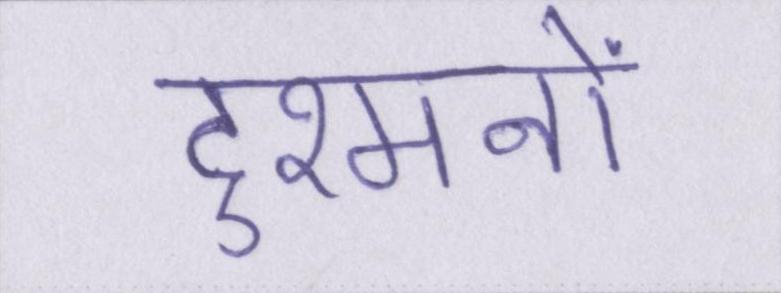
दुश्मनों